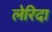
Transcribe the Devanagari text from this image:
लेरिदा